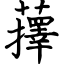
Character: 蘀